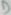
Text: D